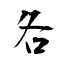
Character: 各